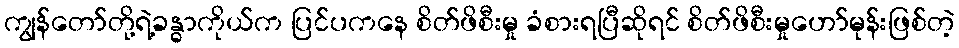
ကျွန်တော်တို့ရဲ့ခန္ဓာကိုယ်က ပြင်ပကနေ စိတ်ဖိစီးမှု ခံစားရပြီဆိုရင် စိတ်ဖိစီးမှုဟော်မုန်းဖြစ်တဲ့